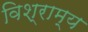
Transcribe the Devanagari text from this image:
विश्राम्य